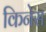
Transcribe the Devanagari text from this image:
किनेस